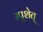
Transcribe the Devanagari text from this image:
स्पृशेत्